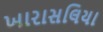
ખારાસલિયા